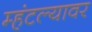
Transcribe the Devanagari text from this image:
म्हंटल्यावर